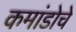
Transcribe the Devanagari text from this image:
कमांडोचे